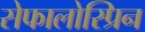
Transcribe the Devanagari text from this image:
सेफालोस्प्रिन